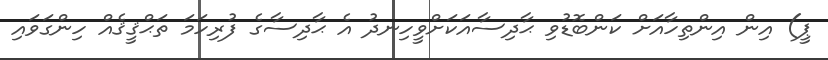
ޕީ) އިން އިންތިހާއަށް ކަންބޮޑުވި ޙާދިސާއަކަށްވީހިނދު އެ ޙާދިސާގެ ފުރިހަމަ ތަޙްޤީޤެއް ހިންގަވައި